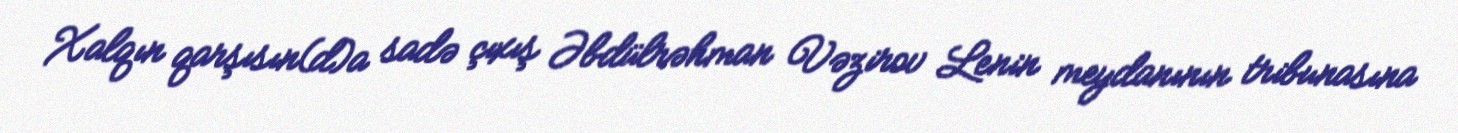
Xalqın qarşısın(d)a sadə çıxış Əbdülrəhman Vəzirov Lenin meydanının tribunasına